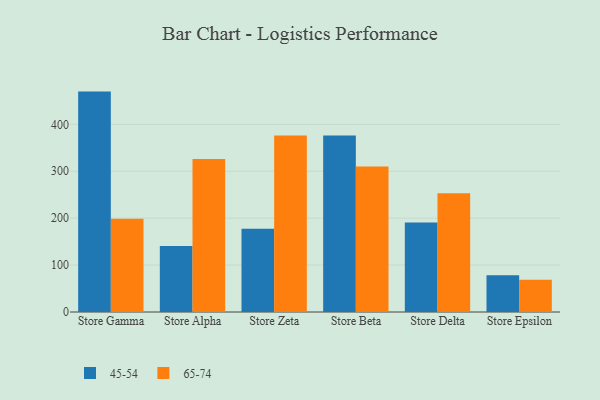
{"axis": {"x": "Store", "y": "LTV (USD)"}, "legend": ["45-54", "65-74"], "data": [{"x": "Store Gamma", "y": 469.8, "type": "45-54"}, {"x": "Store Gamma", "y": 198.6, "type": "65-74"}, {"x": "Store Alpha", "y": 140.9, "type": "45-54"}, {"x": "Store Alpha", "y": 325.9, "type": "65-74"}, {"x": "Store Zeta", "y": 177.3, "type": "45-54"}, {"x": "Store Zeta", "y": 376.4, "type": "65-74"}, {"x": "Store Beta", "y": 376.2, "type": "45-54"}, {"x": "Store Beta", "y": 310.2, "type": "65-74"}, {"x": "Store Delta", "y": 191.0, "type": "45-54"}, {"x": "Store Delta", "y": 253.2, "type": "65-74"}, {"x": "Store Epsilon", "y": 78.3, "type": "45-54"}, {"x": "Store Epsilon", "y": 68.9, "type": "65-74"}]}